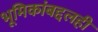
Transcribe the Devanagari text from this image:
भूमिकांबद्दलही